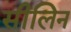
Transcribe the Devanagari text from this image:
सीलिन